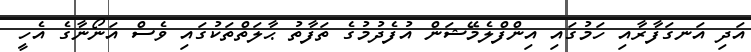
އަދި އަނގަފާރާއި ހަމުގައި އިންފްލެމޭޝަން އުފެދުމުގެ ތަފާތު ޙާލަތްތަކުގައި ވެސް އަނޯނާގެ އެހީ